Annual report of the Imperial Bacteriologist
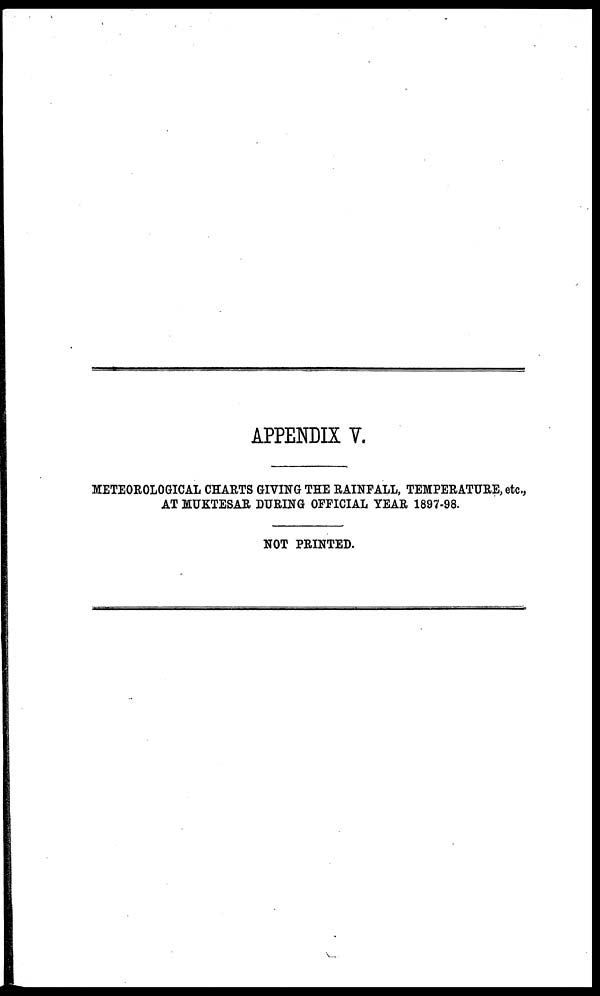
APPENDIX V.
METEOROLOGICAL CHARTS GIVING THE RAINFALL, TEMPERATURE, etc.,
AT MUKTESAR DURING OFFICIAL YEAR 1897-98.
NOT PRINTED.